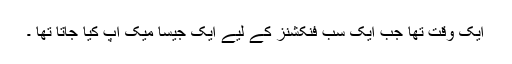
ایک وقت تھا جب ایک سب فنکشنز کے لیے ایک جیسا میک اپ کیا جاتا تھا ۔